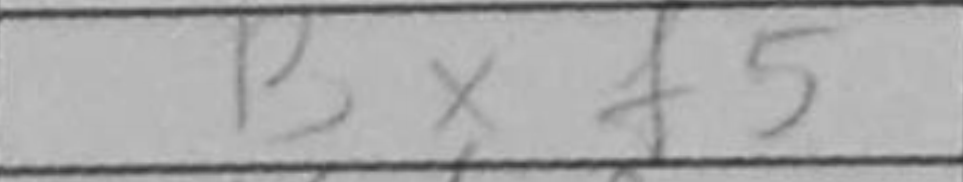
Transcription: Bxf5